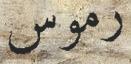
رموس